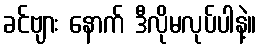
ခင်ဗျား နောက် ဒီလိုမလုပ်ပါနဲ့။